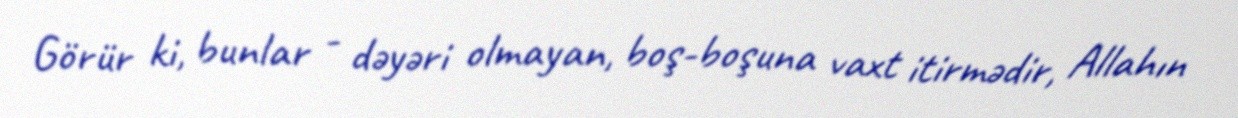
Görür ki, bunlar - dəyəri olmayan, boş-boşuna vaxt itirmədir, Allahın